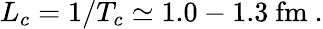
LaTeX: L_{c}=1/T_{c}\simeq 1.0-1.3\ \mathrm{fm}\ .